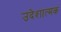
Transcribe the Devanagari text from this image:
उदेशात्मक